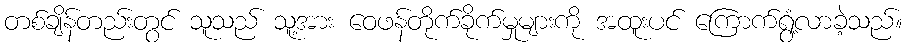
တစ်ချိန်တည်းတွင် သူသည် သူ့အား ဝေဖန်တိုက်ခိုက်မှုများကို အထူးပင် ကြောက်ရွံ့လာခဲ့သည်။